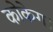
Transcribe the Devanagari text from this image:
कोकेग।